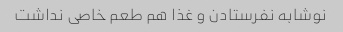
نوشابه نفرستادن و غذا هم طعم خاصی نداشت